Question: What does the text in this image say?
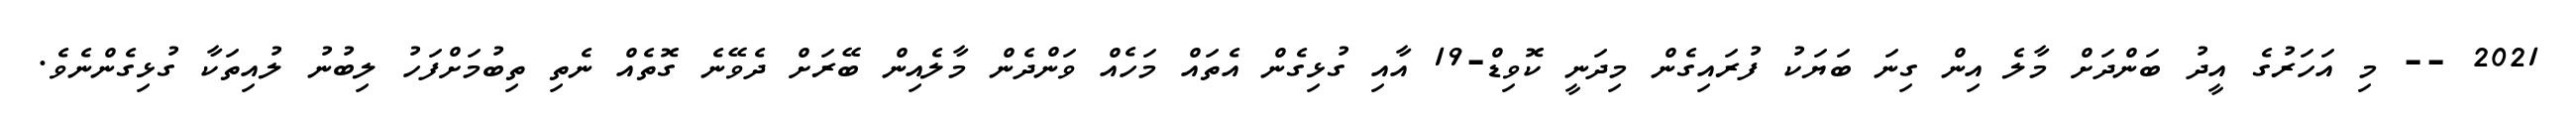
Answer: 2021 -- މި އަހަރުގެ އީދު ބަންދަށް މާލެ އިން ގިނަ ބަޔަކު ފުރައިގެން މިދަނީ ކޮވިޑް-19 އާއި ގުޅިގެން އެތައް މަހެއް ވަންދެން މާލެއިން ބޭރަށް ދެވޭނެ ގޮތެއް ނެތި ތިބުމަށްފަހު ލިބުނު ލުއިތަކާ ގުޅިގެންނެވެ.